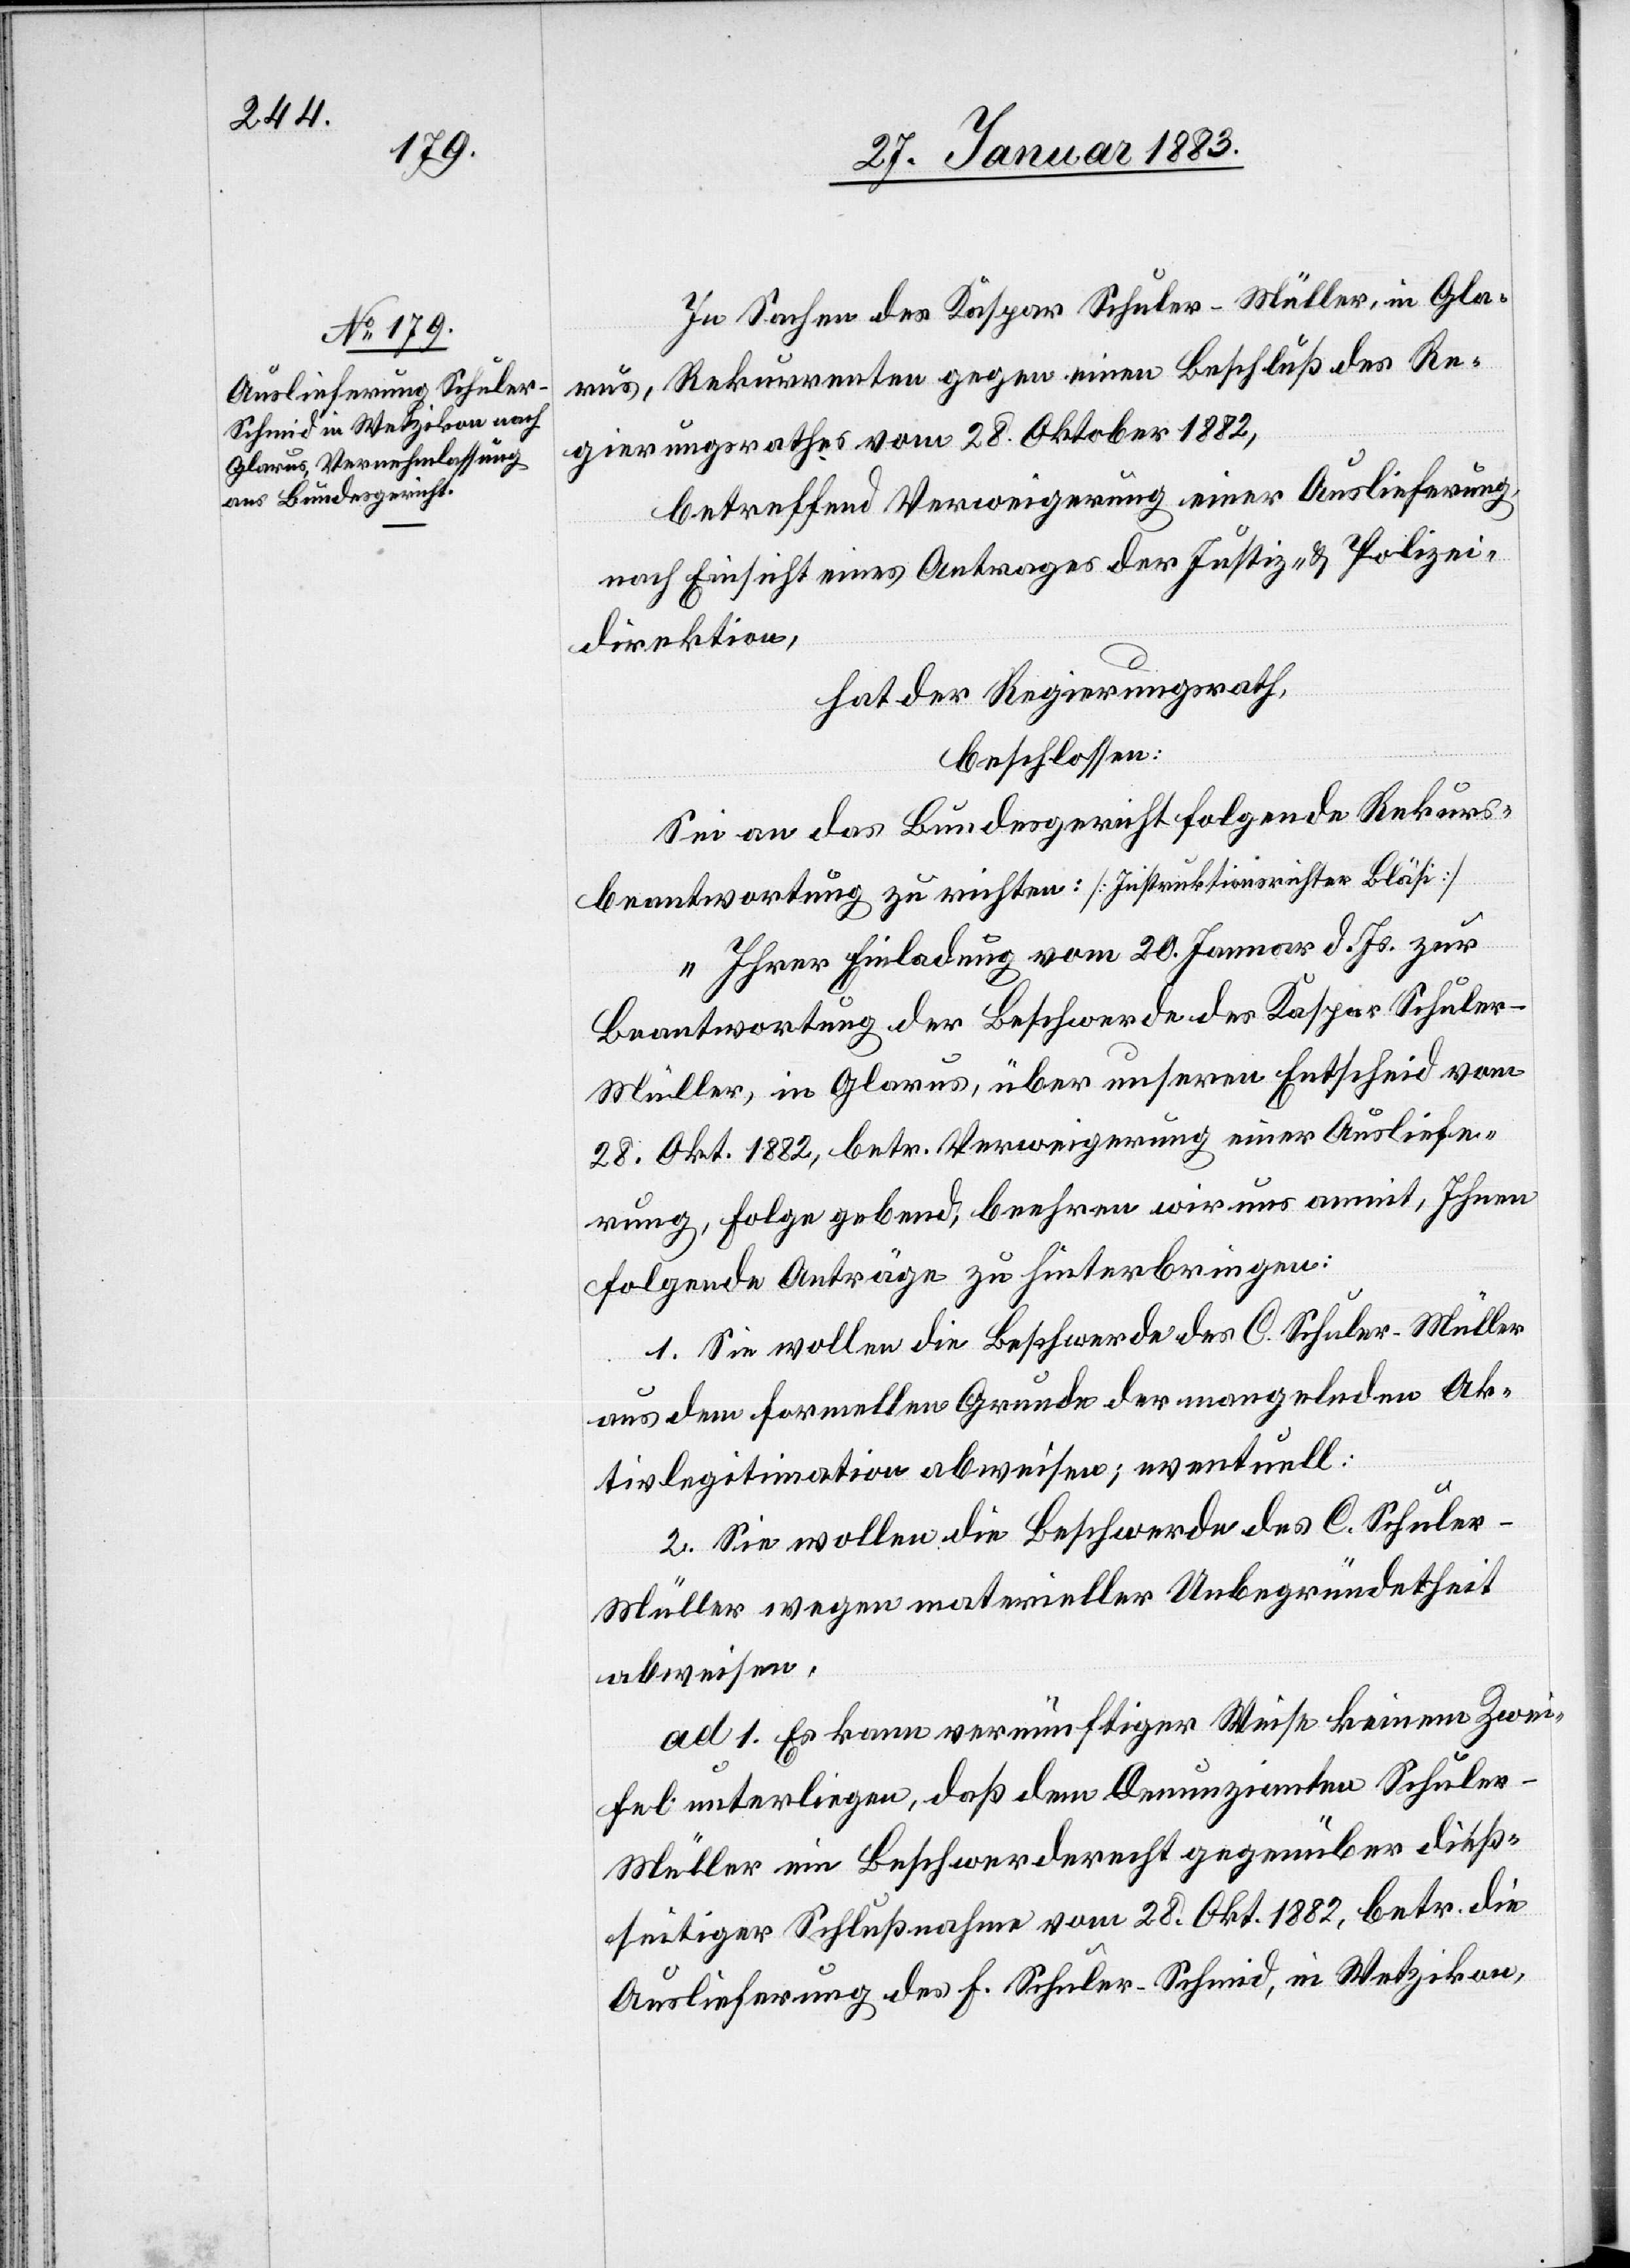
In Sachen des Kaspar Schuler-Müller, in Gla¬
rus, Rekurrenten gegen einen Beschluß des Re¬
gierungsrathes vom 28. Oktober 1882,
betreffend Verweigerung einer Auslieferung,
nach Einsicht eines Antrages der Justiz- & Polizei¬
direktion,
hat der Regierungsrath,
beschlossen:
Sei an das Bundesgericht folgende Rekurs¬
beantwortung zu richten: [Instruktionsrichter Bläsi]
„Ihrer Einladung vom 20. Januar d. Js. zur
Beantwortung der Beschwerde des Kaspar Schuler-M¬
üller, in Glarus, über unseren Entscheid vom
28. Okt. 1882, betr. Verweigerung einer Ausliefe¬
rung, Folge gebend, beehren wir uns anmit, Ihnen
folgende Anträge zu hinterbringen:
1. Sie wollen die Beschwerde des C. Schuler-Müller
aus dem formellen Grund der mangelnden Ak¬
tivlegitimation abweisen; eventuell:
2. Sie wollen die Beschwerde des C. Schule¬
r-Müller wegen materieller Unbegründetheit
abweisen.
ad 1. Es kann vernünftiger Weise keinem Zwei¬
fel unterliegen, daß dem Denunzianten Schule¬
r-Müller ein Beschwerderecht gegenüber dieß¬
seitiger Schlußnahme vom 28. Okt. 1882, betr. die
Auslieferung des F. Schuler-Schmid, in Wetzikon,